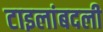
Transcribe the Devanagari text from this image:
टाइलांबदली